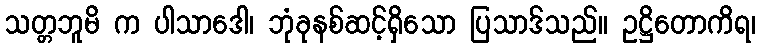
သတ္တဘူမိ က ပါသာဒေါ၊ ဘုံခုနစ်ဆင့်ရှိသော ပြသာဒ်သည်။ ဥဋ္ဌိတောကိရ၊